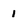
Character: 1